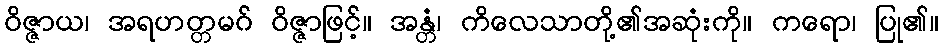
ဝိဇ္ဇာယ၊ အရဟတ္တမဂ် ဝိဇ္ဇာဖြင့်။ အန္တံ၊ ကိလေသာတို့၏အဆုံးကို။ ကရော၊ ပြု၏။